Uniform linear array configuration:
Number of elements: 12
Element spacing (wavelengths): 1
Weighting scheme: exponential
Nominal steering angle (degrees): -45
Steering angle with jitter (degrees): -45.122
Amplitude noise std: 0.05
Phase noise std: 0.05

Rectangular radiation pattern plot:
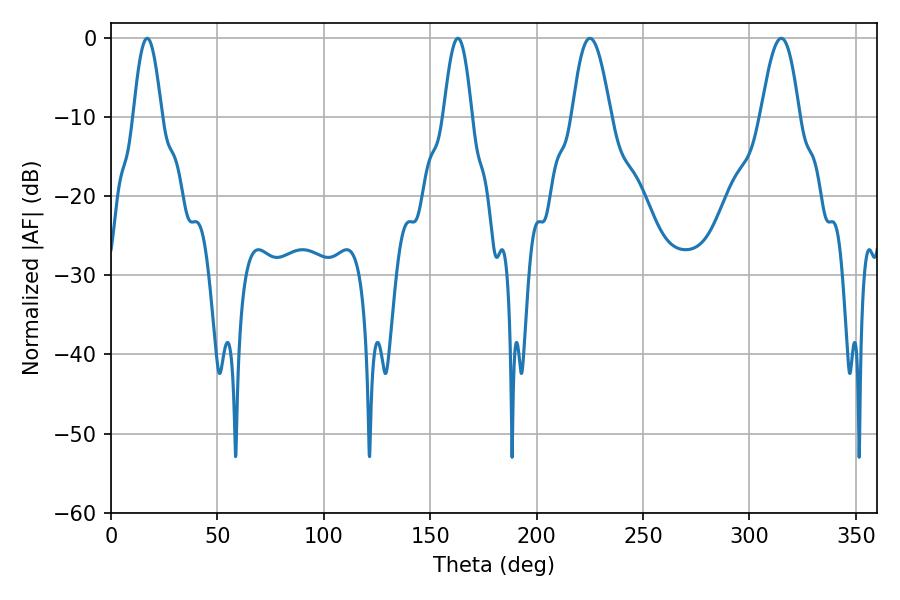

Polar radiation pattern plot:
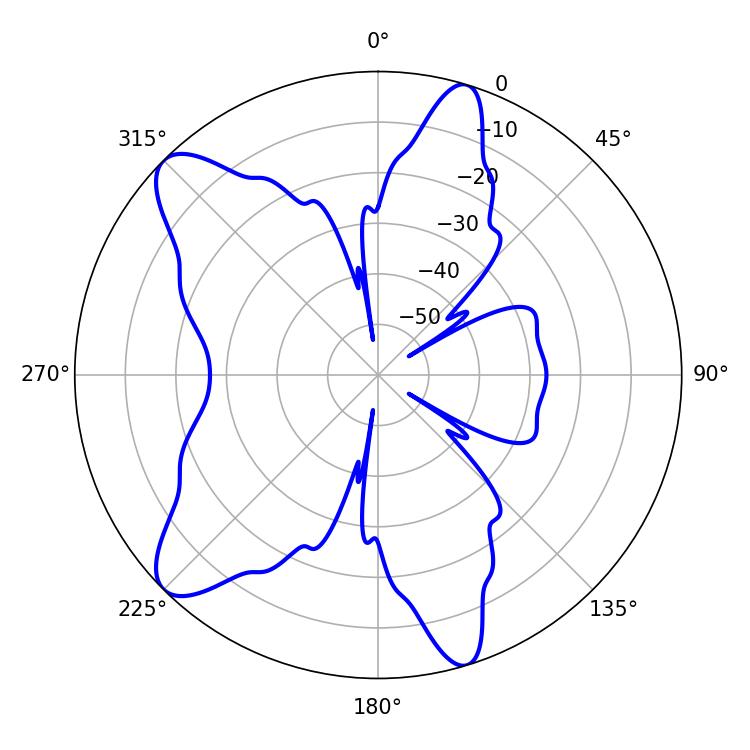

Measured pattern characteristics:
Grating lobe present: TRUE
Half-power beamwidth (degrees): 9.9
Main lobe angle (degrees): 225